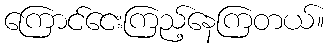
ကြောင်ငေးကြည့်နေကြတယ်။